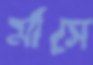
মাঁসে